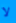
لا